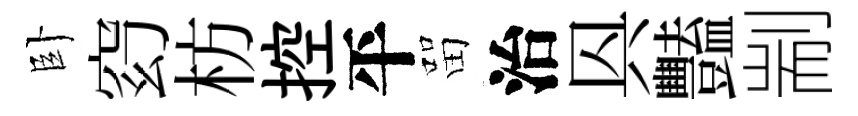
卧𥥆枋控平㽞治㒷豔剬